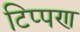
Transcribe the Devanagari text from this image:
टिप्‍पण